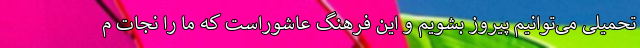
تحمیلی می‌توانیم پیروز بشویم و این فرهنگ عاشوراست که ما را نجات م